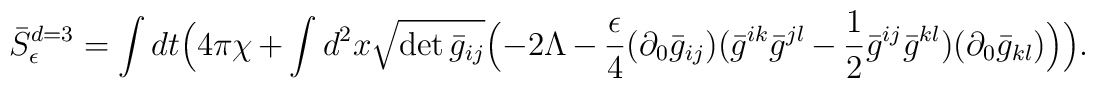
\bar S_{\epsilon }^{d=3}=\int dt \Bigl( 4\pi\chi +\int d^2x \sqrt{\det \bar g_{ij}} \Bigl( -2\Lambda -\frac{\epsilon}{4} (\partial_{0}\bar g_{ij}) (\bar g^{ik}\bar g^{jl}-\frac{1}{2} \bar g^{ij} \bar g^{kl}) (\partial_{0}\bar g_{kl}) \Bigr)  \Bigr).